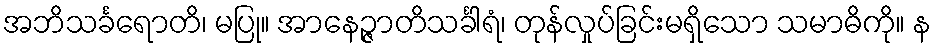
အဘိသင်္ခရောတိ၊ မပြု။ အာနေဉ္ဇာတိသင်္ခါရံ၊ တုန်လှုပ်ခြင်းမရှိသော သမာဓိကို။ န